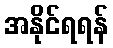
အနိုင်ရရန်